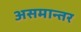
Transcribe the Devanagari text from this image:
असमान्तर